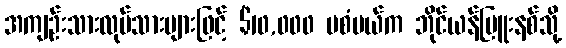
အကျဉ်းသားလုပ်သားများဖြင့် $10,000 မစံပယ်က ဘိုင်ယန်မြူးနစ်သို့